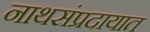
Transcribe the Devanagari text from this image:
नाथसंप्रदायात